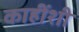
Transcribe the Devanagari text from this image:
काहींशी